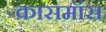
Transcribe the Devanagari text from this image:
कासमॉस